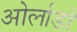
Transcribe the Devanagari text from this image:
ओर्लाडो